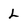
Character: L